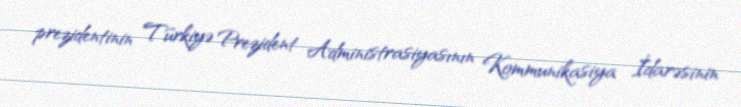
prezidentinin Türkiyə Prezident Administrasiyasının Kommunikasiya İdarəsinin